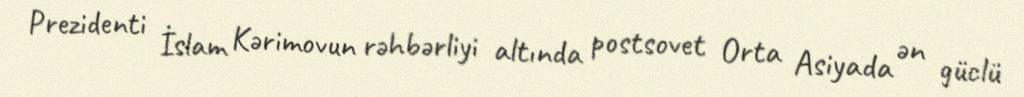
Prezidenti İslam Kərimovun rəhbərliyi altında postsovet Orta Asiyada ən güclü